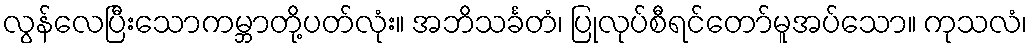
လွန်လေပြီးသောကမ္ဘာတို့ပတ်လုံး။ အဘိသင်္ခတံ၊ ပြုလုပ်စီရင်တော်မူအပ်သော။ ကုသလံ၊